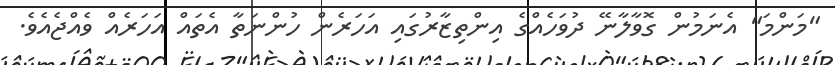
"މަންމަ" އެނަމުން ގޮވާލާނޭ ދުވަހެއްގެ އިންތިޒާރުގައި އަހަރެން ހުންނަތާ އެތައް އަހަރެއް ވެއްޖެއެވެ.